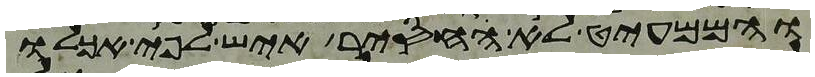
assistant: והממעיט לא החסיר איש לפי אכלו